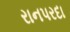
રાનપરદા